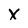
Character: X